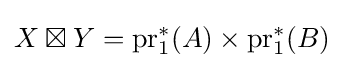
X\boxtimes Y=\operatorname {pr} _{1}^{*}(A)\times \operatorname {pr} _{1}^{*}(B)